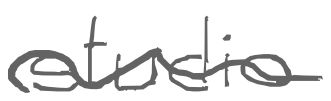
Text: studio
Cross-out: wave
Writing tool: digital_gray